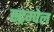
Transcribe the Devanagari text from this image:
स्ट्रम्पेल